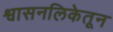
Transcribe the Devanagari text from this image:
श्वासनलिकेतून